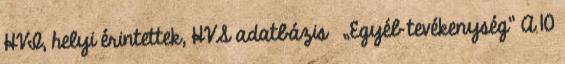
HVI, helyi érintettek, HVS adatbázis ▪„Egyéb tevékenység” A 10